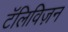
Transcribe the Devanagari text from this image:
टॅलिविज़न